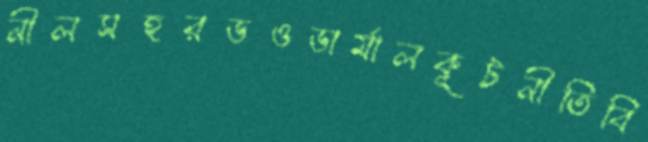
নীলসহরডওডার্মালকূটনীতিবি